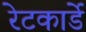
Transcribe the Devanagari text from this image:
रेटकार्डे